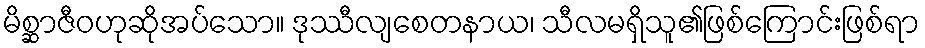
မိစ္ဆာဇီဝဟုဆိုအပ်သော။ ဒုဿီလျစေတနာယ၊ သီလမရှိသူ၏ဖြစ်ကြောင်းဖြစ်ရာ